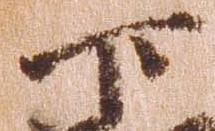
下